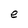
Character: e